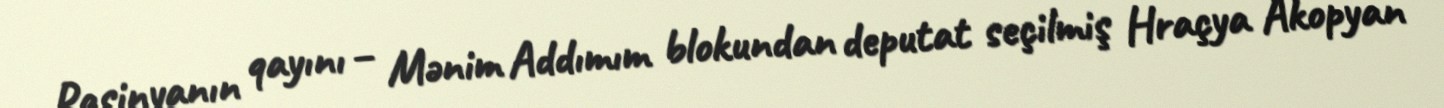
Paşinyanın qayını – Mənim Addımım blokundan deputat seçilmiş Hraçya Akopyan